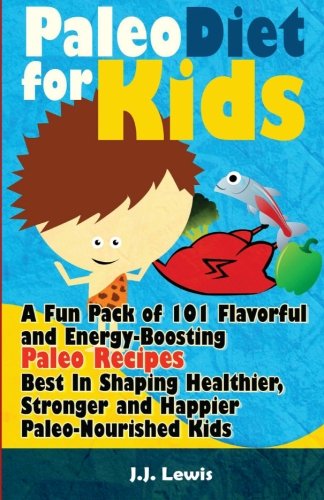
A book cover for Paleo Diet For Kids: A Fun Pack of 101 Flavorful and Energy-Boosting Paleo Recipes Best In Shaping Healthier, Stronger and Happier Paleo-Nourished Kids; J.J. Lewis; Cookbooks, Food & Wine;